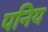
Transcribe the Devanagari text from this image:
पनिय